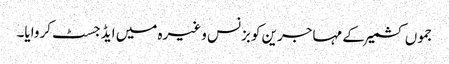
جموں کشمیر کے مہاجرین کو بزنس وغیرہ میں ایڈجسٹ کروایا۔